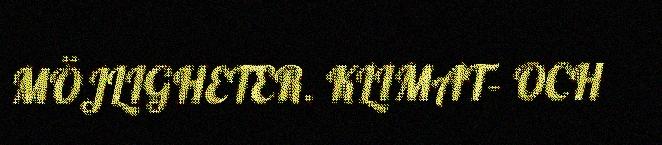
MÖJLIGHETER. KLIMAT- OCH